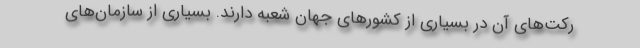
رکت‌های آن در بسیاری از کشورهای جهان شعبه دارند. بسیاری از سازمان‌های